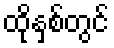
ထိုနှစ်တွင်